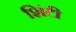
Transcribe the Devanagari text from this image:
शिंटी